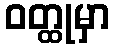
ဝတ္ထုမှာ